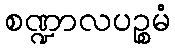
စဏ္ဍာလပဉ္စမံ